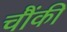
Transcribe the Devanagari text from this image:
चौंकी